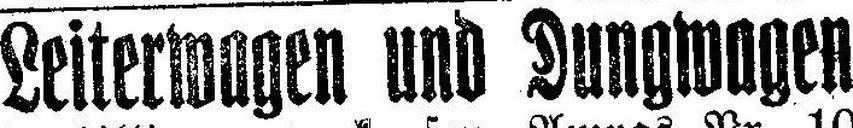
Leiterwagen und Dungwagen